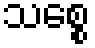
သစ္စေ